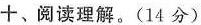
+、阅读理解。(14 分)